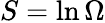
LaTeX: S=\ln\Omega